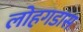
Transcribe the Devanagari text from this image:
लोहगडास